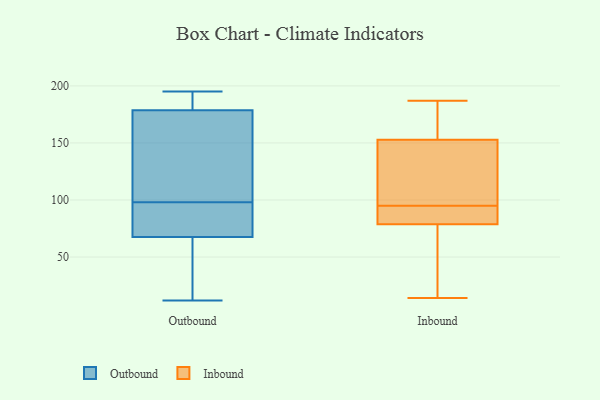
{"axis": {"x": "Production Output", "y": "Value"}, "legend": ["Inbound", "Outbound"], "data": [{"x": "", "y": 93, "type": "Outbound"}, {"x": "", "y": 195, "type": "Outbound"}, {"x": "", "y": 90, "type": "Outbound"}, {"x": "", "y": 190, "type": "Outbound"}, {"x": "", "y": 159, "type": "Outbound"}, {"x": "", "y": 51, "type": "Outbound"}, {"x": "", "y": 73, "type": "Outbound"}, {"x": "", "y": 175, "type": "Outbound"}, {"x": "", "y": 128, "type": "Outbound"}, {"x": "", "y": 12, "type": "Outbound"}, {"x": "", "y": 98, "type": "Outbound"}, {"x": "", "y": 12, "type": "Outbound"}, {"x": "", "y": 194, "type": "Outbound"}, {"x": "", "y": 53, "type": "Inbound"}, {"x": "", "y": 83, "type": "Inbound"}, {"x": "", "y": 95, "type": "Inbound"}, {"x": "", "y": 89, "type": "Inbound"}, {"x": "", "y": 164, "type": "Inbound"}, {"x": "", "y": 184, "type": "Inbound"}, {"x": "", "y": 85, "type": "Inbound"}, {"x": "", "y": 187, "type": "Inbound"}, {"x": "", "y": 167, "type": "Inbound"}, {"x": "", "y": 37, "type": "Inbound"}, {"x": "", "y": 130, "type": "Inbound"}, {"x": "", "y": 100, "type": "Inbound"}, {"x": "", "y": 66, "type": "Inbound"}, {"x": "", "y": 92, "type": "Inbound"}, {"x": "", "y": 14, "type": "Inbound"}, {"x": "", "y": 132, "type": "Inbound"}, {"x": "", "y": 149, "type": "Inbound"}]}